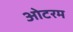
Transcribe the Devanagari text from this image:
ओटरम